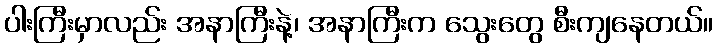
ပါးကြီးမှာလည်း အနာကြီးနဲ့၊ အနာကြီးက သွေးတွေ စီးကျနေတယ်။